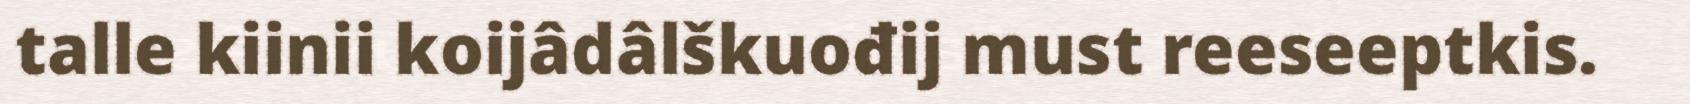
talle kiinii koijâdâlškuođij must reeseeptkis.